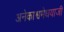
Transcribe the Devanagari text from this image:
अनेकाश्वमेधयाजी